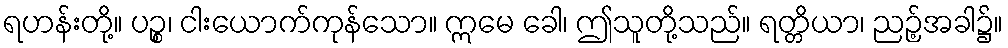
ရဟန်းတို့။ ပဉ္စ၊ ငါးယောက်ကုန်သော။ ဣမေ ခေါ၊ ဤသူတို့သည်။ ရတ္တိယာ၊ ညဉ့်အခါ၌။